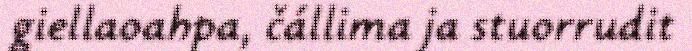
giellaoahpa, čállima ja stuorrudit